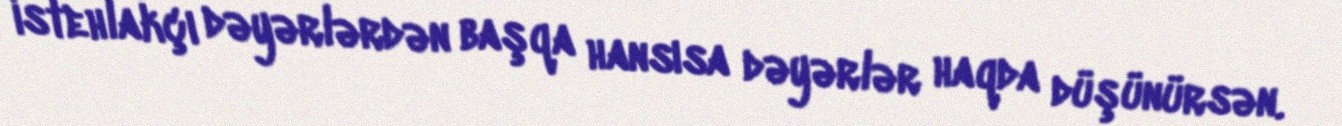
istehlakçı dəyərlərdən başqa hansısa dəyərlər haqda düşünürsən.